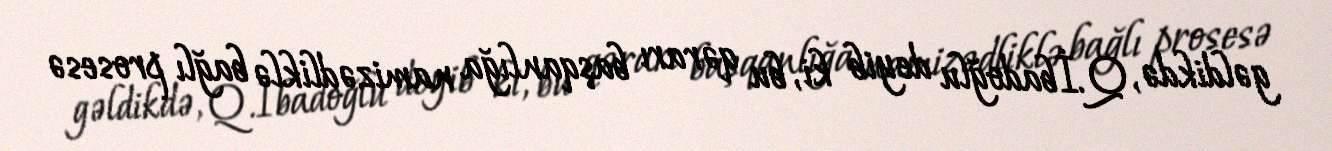
gəldikdə, Q.İbadoğlu deyib ki, bu qərarı başqanlığa namizədliklə bağlı prosesə